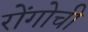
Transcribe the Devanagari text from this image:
रोंगोची